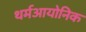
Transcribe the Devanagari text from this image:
थर्मआयोनिक